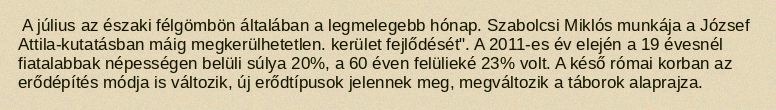
A július az északi félgömbön általában a legmelegebb hónap. Szabolcsi Miklós munkája a József Attila-kutatásban máig megkerülhetetlen. kerület fejlődését". A 2011-es év elején a 19 évesnél fiatalabbak népességen belüli súlya 20%, a 60 éven felülieké 23% volt. A késő római korban az erődépítés módja is változik, új erődtípusok jelennek meg, megváltozik a táborok alaprajza.